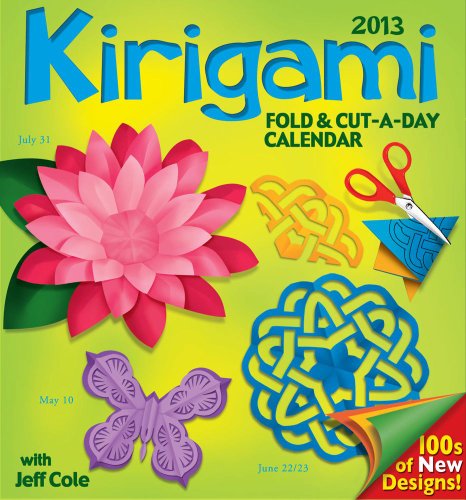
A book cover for Kirigami Fold & Cut-a-day 2013 Day-to-Day Calendar; Jeff Cole; Calendars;